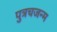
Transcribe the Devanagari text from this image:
पुत्रचजन्म